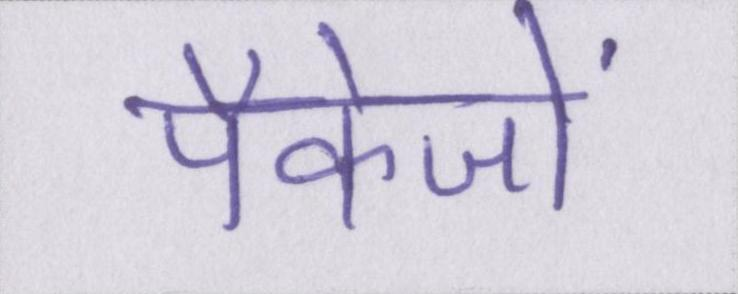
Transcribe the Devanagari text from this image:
पैकेजों